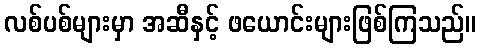
လစ်ပစ်များမှာ အဆီနှင့် ဖယောင်းများဖြစ်ကြသည်။